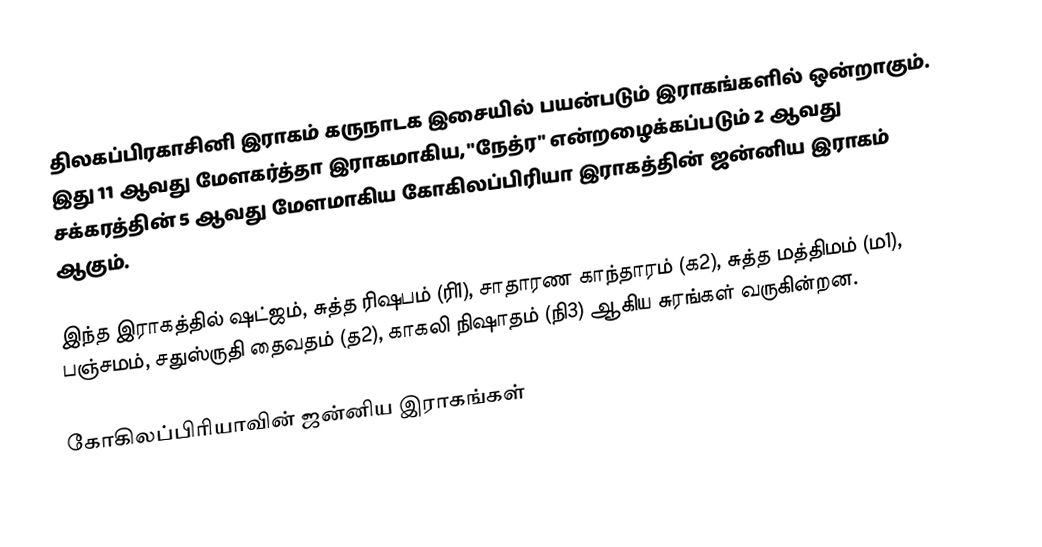
திலகப்பிரகாசினி இராகம் கருநாடக இசையில் பயன்படும் இராகங்களில் ஒன்றாகும். இது 11 ஆவது மேளகர்த்தா இராகமாகிய, "நேத்ர" என்றழைக்கப்படும் 2 ஆவது சக்கரத்தின் 5 ஆவது மேளமாகிய கோகிலப்பிரியா இராகத்தின் ஜன்னிய இராகம் ஆகும்.

இந்த இராகத்தில் ஷட்ஜம், சுத்த ரிஷபம் (ரி1),  சாதாரண காந்தாரம் (க2), சுத்த மத்திமம் (ம1), பஞ்சமம்,  சதுஸ்ருதி தைவதம் (த2), காகலி நிஷாதம்  (நி3) ஆகிய சுரங்கள் வருகின்றன.

கோகிலப்பிரியாவின் ஜன்னிய இராகங்கள்